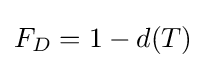
F_{D}=1-d(T)